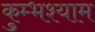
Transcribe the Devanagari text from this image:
कुम्भश्याम